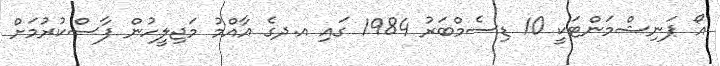
އޯ ޕަނިޝްމަންޓަކީ 10 ޑިސެމްބަރު 1984 ގައި އ.ދގެ އާއްމު މަޖިލީހުން ފާސްކުރުމަށް